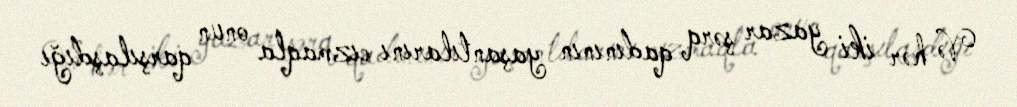
Və hər iki yazar şərq qadınının yaşantılarını cızmaqla onun qarşılaşdığı